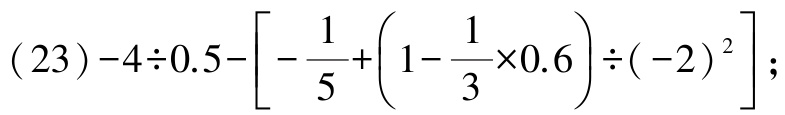
\((23)-4\div0.5-\left[-\dfrac{1}{5}+\left(1-\dfrac{1}{3}\times0.6\right)\div(-2)^{2}\right];\)